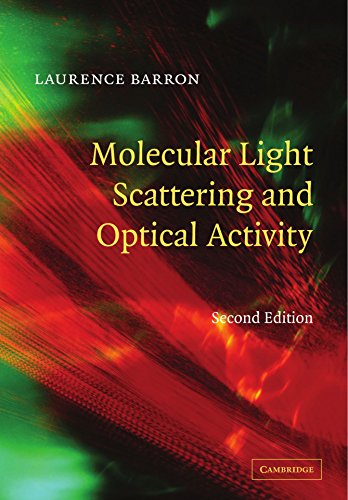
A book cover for Molecular Light Scattering and Optical Activity; Laurence D. Barron; Science & Math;